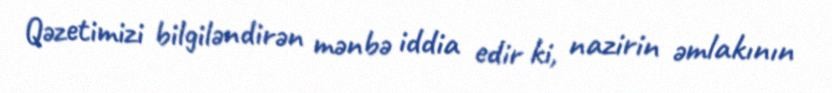
Qəzetimizi bilgiləndirən mənbə iddia edir ki, nazirin əmlakının